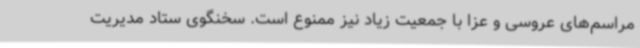
مراسم‌های عروسی و عزا با جمعیت زیاد نیز ممنوع است. سخنگوی ستاد مدیریت